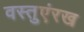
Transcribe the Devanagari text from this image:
वस्तुएंरख